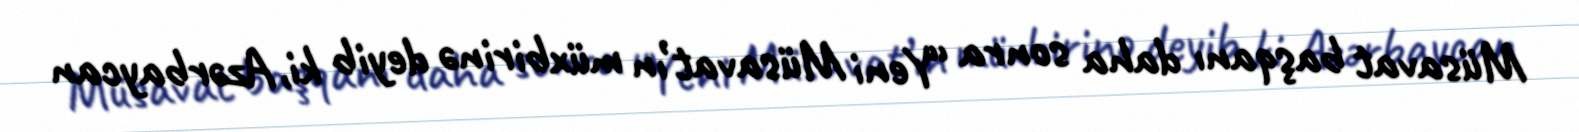
Müsavat başqanı daha sonra “Yeni Müsavat’ın müxbirinə deyib ki, Azərbaycan